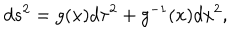
LaTeX: d s ^ { 2 } = g ( x ) d \tau ^ { 2 } + g ^ { - 1 } ( x ) d x ^ { 2 } ,